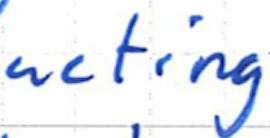
Text: acting
Cross-out: clean
Writing tool: ballpoint